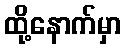
ထို့နောက်မှာ